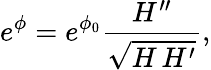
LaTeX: e^{\phi}=e^{\phi_{0}}\frac{H^{\prime\prime}}{\sqrt{H\, H^{\prime}}},